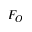
F _ { O }